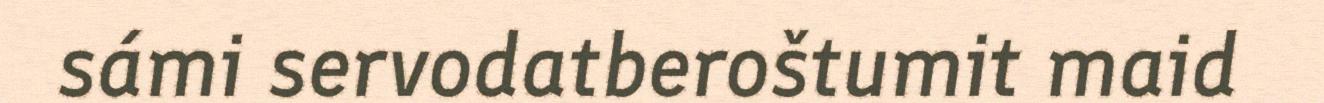
sámi servodatberoštumit maid